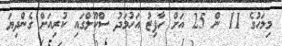
މިމަހުގެ 11 ން 25 އަށް ހާފިޒު އަހުމަދު ސްކޫލްގައި ކުރިއަށް ގެންދިޔަ